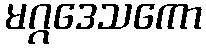
မဂ္ဂဒေသကော